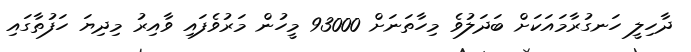
ދާހިލީ ހަނގުރާމައަކަށް ބަދަލުވެ މިހާތަނަށް 93000 މީހުން މަރުވެފައި ވާއިރު މިދިޔަ ހަފުތާގައި